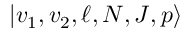
\lvert v _ { 1 } , v _ { 2 } , \ell , N , J , p \rangle